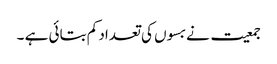
جمعیت نے بسوں کی تعداد کم بتائی ہے ۔